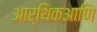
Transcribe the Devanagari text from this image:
आर्थिकआणि